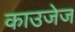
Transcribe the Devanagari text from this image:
काउजेज